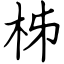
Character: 柹